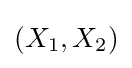
(X_{1},X_{2})